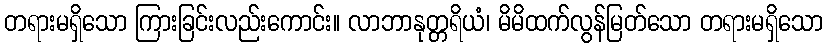
တရားမရှိသော ကြားခြင်းလည်းကောင်း။ လာဘာနုတ္တရိယံ၊ မိမိထက်လွန်မြတ်သော တရားမရှိသော